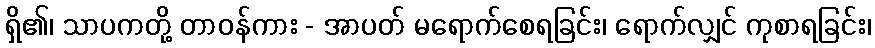
ရှိ၏၊ သာပကတို့ တာဝန်ကား - အာပတ် မရောက်စေရခြင်း၊ ရောက်လျှင် ကုစာရခြင်း၊